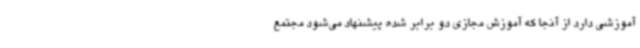
آموزشی دارد از آنجا که آموزش مجازی دو برابر شده پیشنهاد می‌شود مجتمع